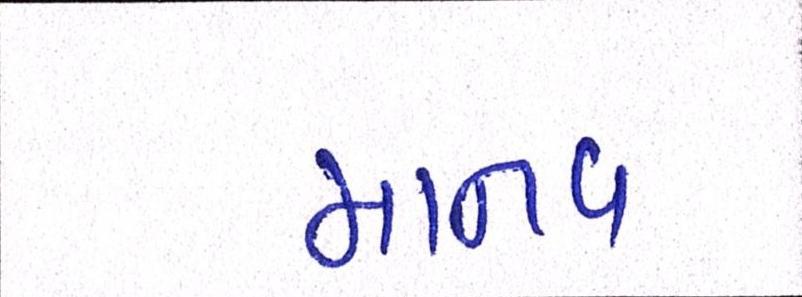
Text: માનવ